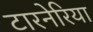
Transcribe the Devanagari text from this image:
टारनेरिया